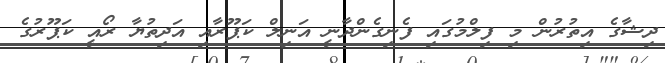
ދިޝާގެ އިތުރުން މި ފިލްމުގައި ފެނިގެންދާނީ އަނިލް ކަޕޫރާއި އަދިތުޔާ ރޯއީ ކަޕޫރުގެ